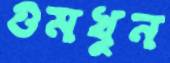
গুমখুন